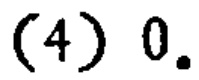
(4) \(0.\)